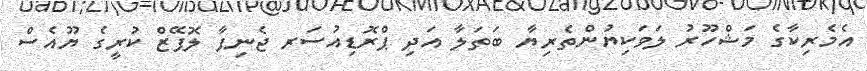
އެމެރިކާގެ މަޝްހޫރު ލަވަކިޔުންތެރިޔާ ބަތަލާ އަދި ޕްރޮޑިއުސަރ ޖެނިފާ ލޮޕޭޒް ކުރީގެ ޔޫއެސް